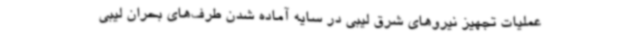
عملیات تجهیز نیروهای شرق لیبی در سایه آماده شدن طرف‌های بحران لیبی